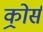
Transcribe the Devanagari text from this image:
कोर्र्स